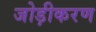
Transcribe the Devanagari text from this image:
जोड़ीकरण